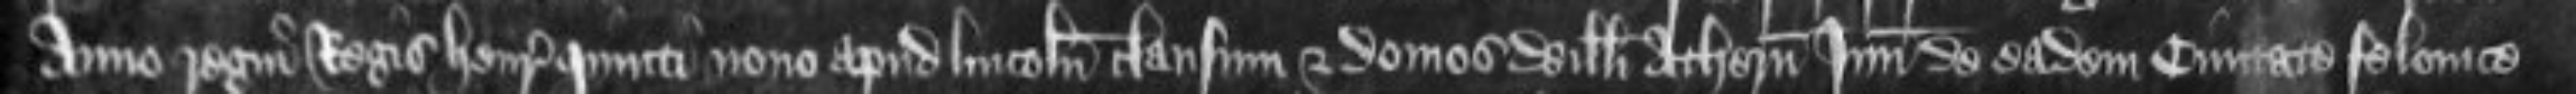
anno regni Regis Henrici quinti nono apud Lincolniam clausum et domos Willelmi Athern Junioris de eadem civitate felonice